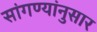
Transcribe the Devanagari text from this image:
सांगण्यांनुसार